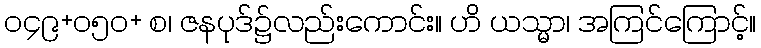
၀၄၉+၀၅၀+ စ၊ ဇနပုဒ်၌လည်းကောင်း။ ဟိ ယသ္မာ၊ အကြင်ကြောင့်။